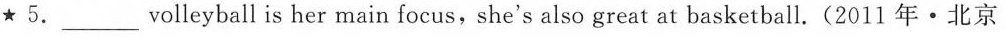
★ 5.___volleyballis her main focus,she's also great at basketball.(2011 年\cdot 北京